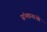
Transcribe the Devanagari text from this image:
संभवनाओं